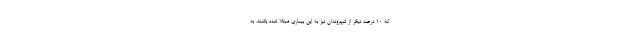
که ۱۰ درصد دیگر از شهروندان نیز به این بیماری مبتلا شده باشند. به